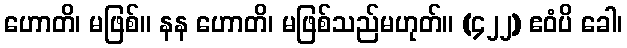
ဟောတိ၊ မဖြစ်။ နန ဟောတိ၊ မဖြစ်သည်မဟုတ်။ (၄၂၂) ဧဝံပိ ခေါ၊